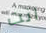
انت